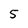
Character: 5